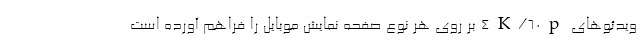
ویدئوهای 4K/60p بر روی هر نوع صفحه نمایش موبایل را فراهم آورده است